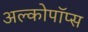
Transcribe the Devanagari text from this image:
अल्कोपॉप्स